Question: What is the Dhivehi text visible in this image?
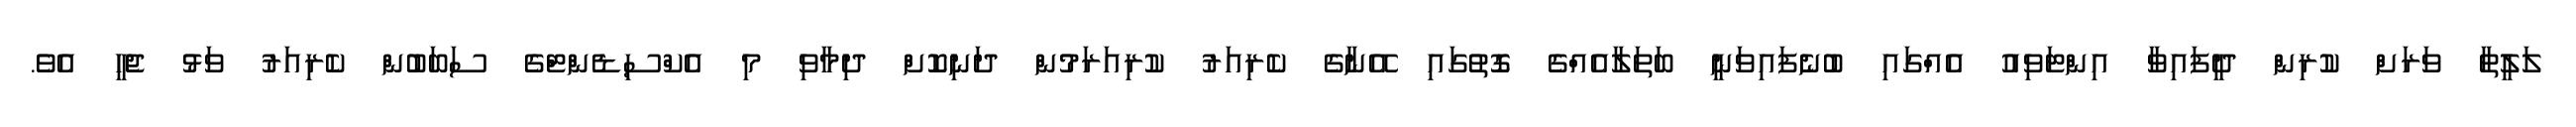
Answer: ލަލީތާ ވަރަށް ކުރިން ދީފައިވާ އިންޓަވިއު އެއްގައި ބުނެފައިވަނީ ބަތަލާއެއްގެ ގޮތުގައި އޭނާގެ ކެރިއަރު ކުރިއަރަމުން ދަނިކޮށް ދިމާވި މި އެކްސިޑެންޓްގެ ސަބަބުން ކެރިއަރު ވަޅު ޖެހީ އެވެ.